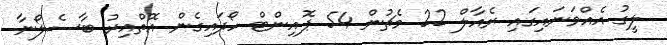
ލީގު އެއްވަނައިގައި ރެއާލް 22 މެޗުން 54 ޕޮއިންޓް ހޯދައިގެން އޮތްއިރު ބާސެލޯނާ